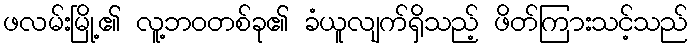
ဖလမ်းမြို့၏ လူ့ဘဝတစ်ခု၏ ခံယူလျက်ရှိသည့် ဖိတ်ကြားသင့်သည်